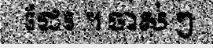
ដែរ ។ ចាស់ ៗ